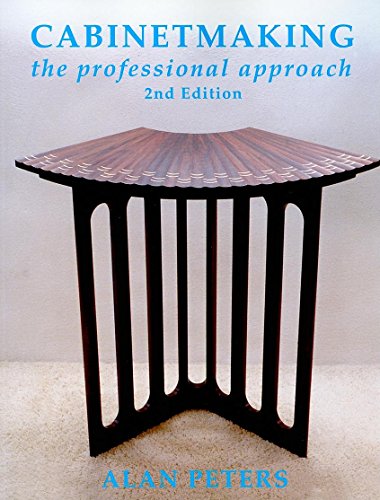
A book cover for Cabinetmaking: The Professional Approach; Alan Peters; Crafts, Hobbies & Home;